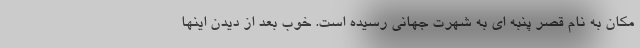
مکان به نام قصر پنبه ای به شهرت جهانی رسیده است. خوب بعد از دیدن اینها